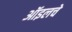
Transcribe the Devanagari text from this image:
ऑइलचे